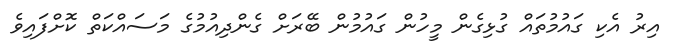
އިރު އެކި ގައުމުތައް ގުޅިގެން މީހުން ގައުމުން ބޭރަށް ގެންދިއުމުގެ މަސައްކަތް ކޮށްފައިވެ